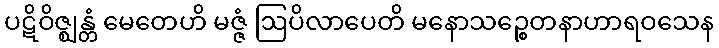
ပဋိဝိဇ္ဈန္တံ မေတေဟိ မဇ္ဇံ ဩပိလာပေတိ မနောသဉ္စေတနာဟာရဝသေန